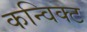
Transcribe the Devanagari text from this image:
कन्विक्ट